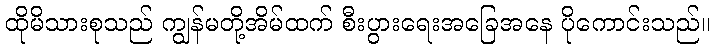
ထိုမိသားစုသည် ကျွန်မတို့အိမ်ထက် စီးပွားရေးအခြေအနေ ပိုကောင်းသည်။